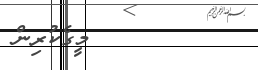
٥٢         މީގެކުރިން